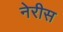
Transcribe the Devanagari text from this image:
नेरीस